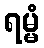
ရမ္မံ